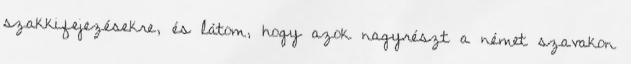
szakkifejezésekre, és látom, hogy azok nagyrészt a német szavakon